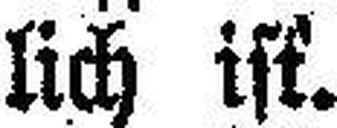
lich ist.